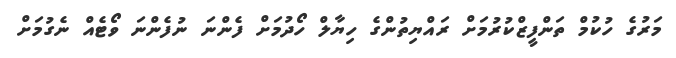
މަރުގެ ހުކުމް ތަންފީޒްކުރުމަށް ރައްޔިތުންގެ ހިޔާލް ހޯދުމަށް ފެންނަ ނުފެންނަ ވޯޓެއް ނެގުމަށް